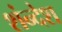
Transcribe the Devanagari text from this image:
शंन्देश